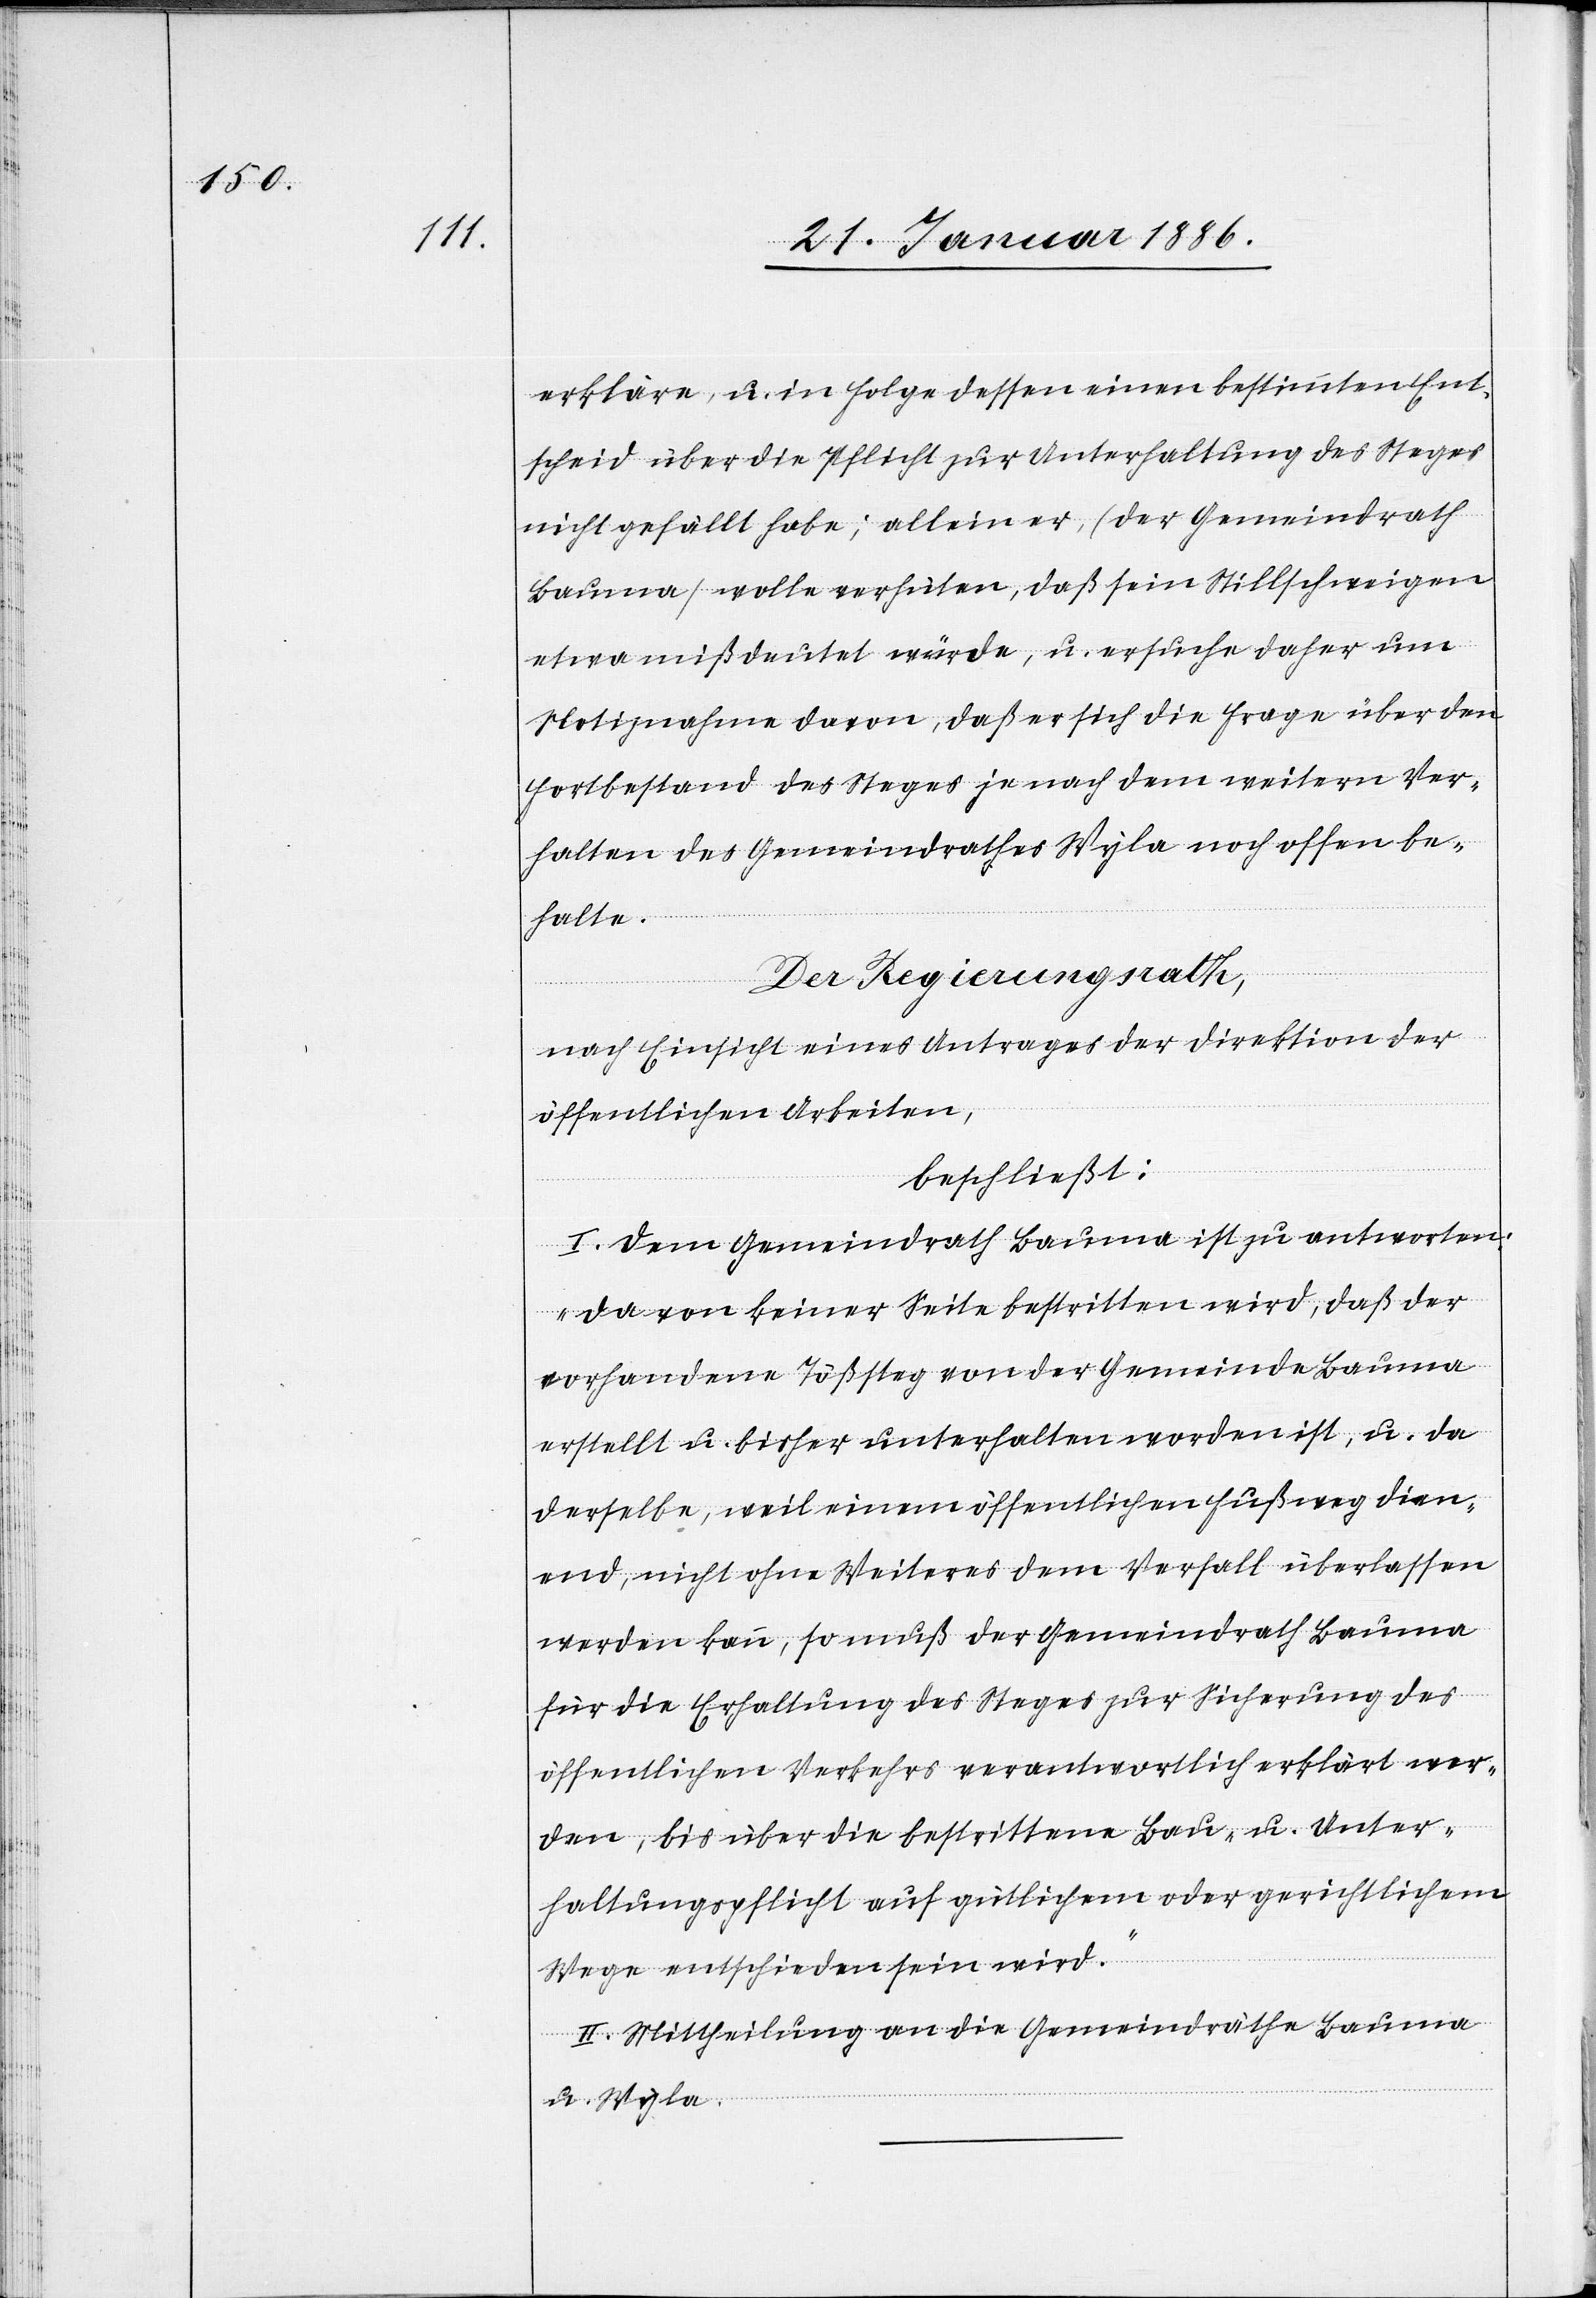
erkläre, u. in Folge dessen einen bestimmten Ent¬
scheid über die Pflicht zur Unterhaltung des Steges
nicht gefällt habe; allein er, (der Gemeindrath
Bauma), wolle verhüten, daß sein Stillschweigen
etwa mißdeutet würde, u. ersuche daher um
Notiznahme davon, daß er sich die Frage über den
Fortbestand des Steges je nach dem weitern Ver¬
halten des Gemeindrathes Wyla noch offen be¬
halte.
Der Regierungsrath,
nach Einsicht eines Antrages der Direktion der
öffentlichen Arbeiten,
beschließt:
I. Dem Gemeindrath Bauma ist zu antworten:
„Da von keiner Seite bestritten wird, daß der
vorhandene Tößsteg von der Gemeinde Bauma
erstellt u. bisher unterhalten worden ist, u. da
derselbe weil einem öffentlichen Fußweg dien¬
end, nicht ohne Weiteres dem Verfall überlassen
werden kann, so muß der Gemeindrath Bauma
für die Erhaltung des Steges zur Sicherung des
öffentlichen Verkehrs verantwortlich erklärt wer¬
den, bis über die bestrittene Bau- u. Unter¬
haltungspflicht auf gütlichem oder gerichtlichem
Wege entschieden sein wird.“
II. Mittheilung an die Gemeindräthe Bauma
u. Wyla.